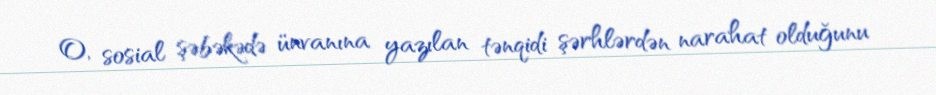
O, sosial şəbəkədə ünvanına yazılan tənqidi şərhlərdən narahat olduğunu